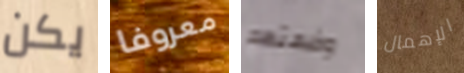
يكن معروفا وضعتهم الإهمال